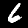
Digit: 6